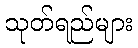
သုတ်ရည်များ